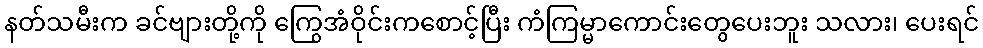
နတ်သမီးက ခင်ဗျားတို့ကို ကြွေအံဝိုင်းကစောင့်ပြီး ကံကြမ္မာကောင်းတွေပေးဘူး သလား၊ ပေးရင်